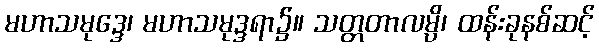
မဟာသမုဒ္ဒေ၊ မဟာသမုဒ္ဒရာ၌။ သတ္တတာလမ္ပိ၊ ထန်းခုနစ်ဆင့်